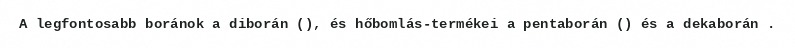
A legfontosabb boránok a diborán (), és hőbomlás-termékei a pentaborán () és a dekaborán .